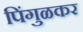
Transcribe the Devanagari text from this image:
पिंगुळकर